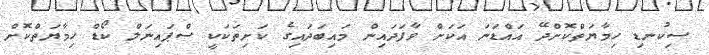
ސިކުނޑި ހިމާޔަތްކޮށްދޭ އައްޑަނަ އަކަށް ވާފަދައިން މައިބަދައިގެ ކަށިތަކަކީ ސްޕައިނަލް ކޯޑް ހިމާޔަތްކޮށް